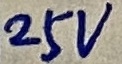
Text: 25V